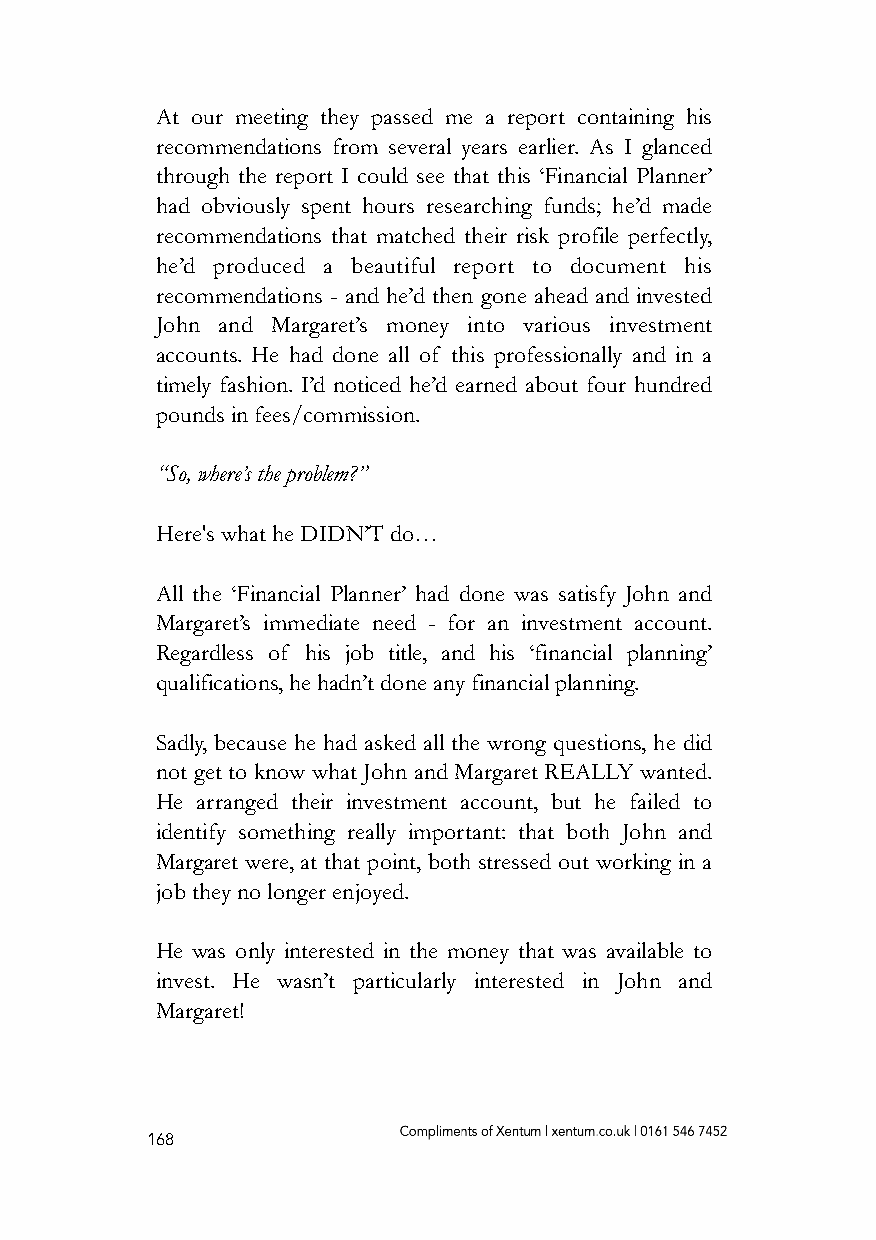
At our meeting they passed me a report containing his
 recommendations from several years earlier. As I glanced
 through the report I could see that this ‘Financial Planner’
 had obviously spent hours researching funds; he’d made
 recommendations that matched their risk profile perfectly,
 he’d produced a beautiful report to document his
 recommendations - and he’d then gone ahead and invested
 John and Margaret’s money into various investment
 accounts. He had done all of this professionally and in a
 timely fashion. I’d noticed he’d earned about four hundred
 pounds in fees/commission.
 “So, where’s the problem?”
 Here's what he DIDN’T do…
 All the ‘Financial Planner’ had done was satisfy John and
 Margaret’s immediate need - for an investment account.
 Regardless of his job title, and his ‘financial planning’
 qualifications, he hadn’t done any financial planning.
 Sadly, because he had asked all the wrong questions, he did
 not get to know what John and Margaret REALLY wanted.
 He arranged their investment account, but he failed to
 identify something really important: that both John and
 Margaret were, at that point, both stressed out working in a
 job they no longer enjoyed.
 He was only interested in the money that was available to
 invest. He wasn’t particularly interested in John and
 Margaret!
 168